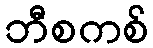
ဘီစကစ်